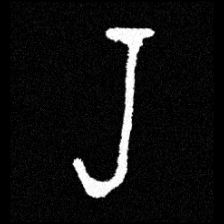
Pyu character \u2014 Myanmar letter: ရ (romanized: ra)